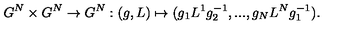
G ^ { N } \times G ^ { N } \rightarrow G ^ { N } : ( g , L ) \mapsto ( g _ { 1 } L ^ { 1 } g _ { 2 } ^ { - 1 } , . . . , g _ { N } L ^ { N } g _ { 1 } ^ { - 1 } ) .